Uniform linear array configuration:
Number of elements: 4
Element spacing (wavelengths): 0.25
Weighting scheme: cosine
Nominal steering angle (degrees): -45
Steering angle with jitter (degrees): -45.534
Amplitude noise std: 0.05
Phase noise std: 0.05

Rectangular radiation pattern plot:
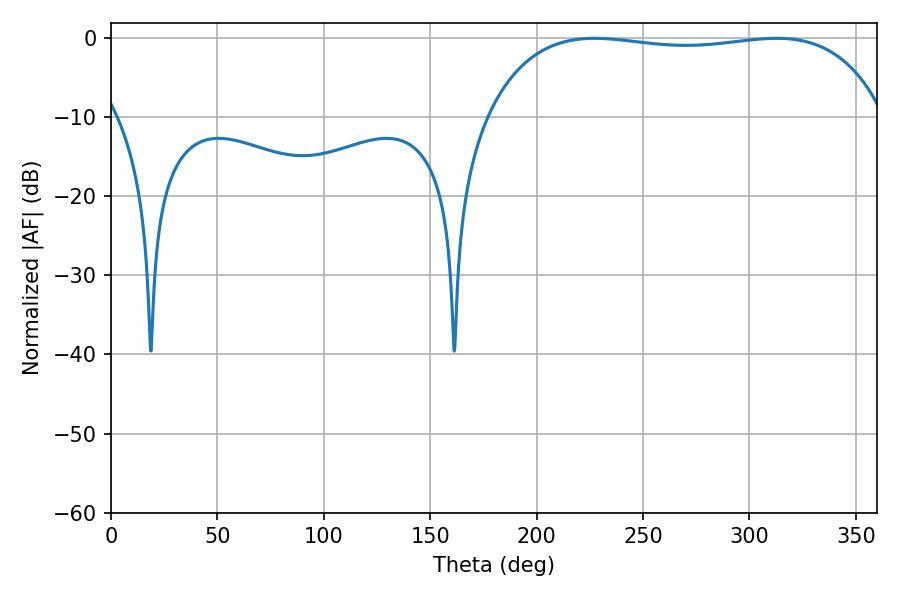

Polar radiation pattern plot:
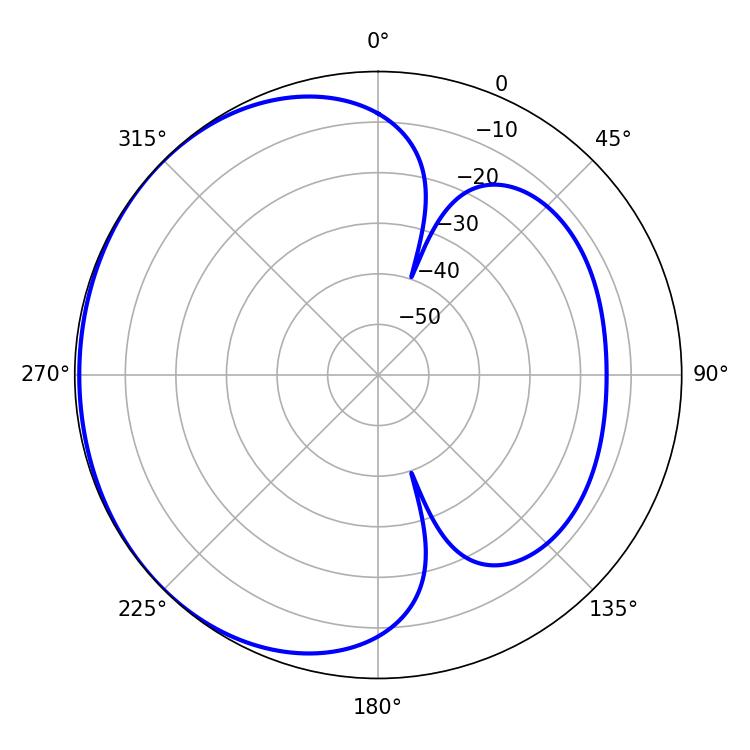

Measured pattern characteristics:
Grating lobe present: FALSE
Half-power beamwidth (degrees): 149.76
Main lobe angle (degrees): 227.16